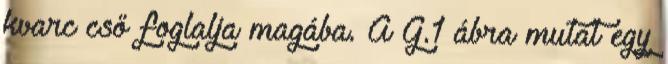
kvarc cső foglalja magába. A G.1 ábra mutat egy